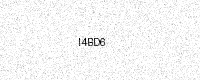
Text: I4BD6